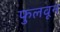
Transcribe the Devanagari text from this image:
फुलवून